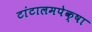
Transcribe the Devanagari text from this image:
टांटालमपेक्षा